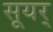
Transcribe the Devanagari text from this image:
सूयर्